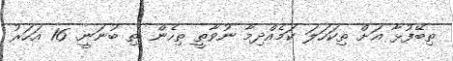
ތިބޭފުޅާ އަށް ތިކަހަލަ ކަމެއްދިމާ ނުވާތީ ތިހެން ތި ބުނަނީ. 16 އަހަރު